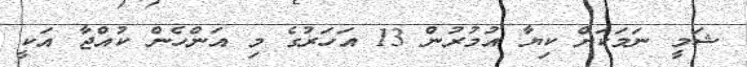
ޝަމީ ނަމަކަށް ކިޔާ އުމުރުން 13 އަހަރުގެ މި އަންހެން ކުއްޖާ އަކީ